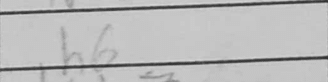
Transcription: h6